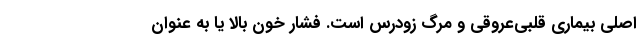
اصلی بیماری قلبی‌عروقی و مرگ زودرس است. فشار خون بالا یا به عنوان